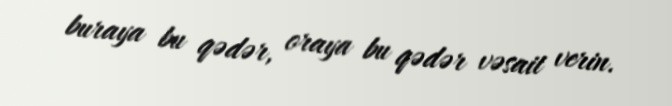
buraya bu qədər, oraya bu qədər vəsait verin.